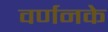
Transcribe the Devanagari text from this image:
वर्णनके